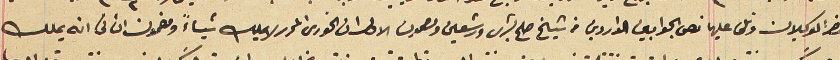
حضر الوكيلان وتلى عليها نص الجوابين الواردين من شيخ صلح بشرى ورشعين ومصمون الاول ان الخورى المحرر لا يملك شياءً ومضمون الثانى انه يملك